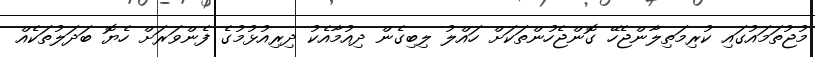
މުޖުތަމައުގައި ކުރިމަތިލާންޖެހޭ ގޮންޖެހުންތަކަށް ހައްލު ލިބިގެން ދިއުމާއެކު ދިރިއުޅުމުގެ ފެންވަރަށް ހެޔޮ ބަދަލުތަކެއް